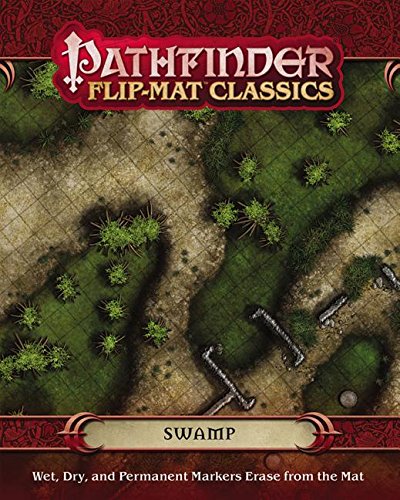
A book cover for Pathfinder Flip-Mat Classics: Swamp; Corey Macourek; Science Fiction & Fantasy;